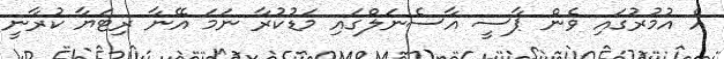
އެ އުމުރުގައި ވެން ޕާސީ އާސެނަލްގައި މަޑުކުރާ ނަމަ އޭނާ ރިޓަޔާ ކުރާނީ